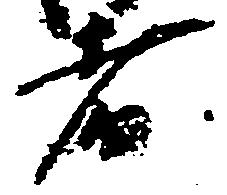
者